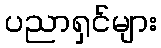
ပညာရှင်များ